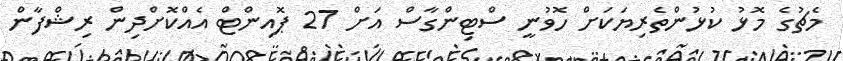
މެޗުގެ މޮޅު ކުޅުންތެރިޔަކަށް ހޮވުނީ ސްޓިންގާސް އަށް 27 ޕޮއިންޓް އެއްކޮށްދިން ރިޝްފާން